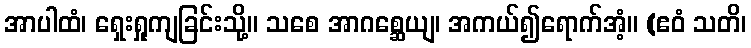
အာပါထံ၊ ရှေးရှုကျခြင်းသို့။ သစေ အာဂစ္ဆေယျ၊ အကယ်၍ရောက်အံ့။ (ဧဝံ သတိ၊